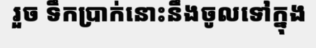
រួច ទឹកប្រាក់នោះនឹងចូលទៅក្នុង